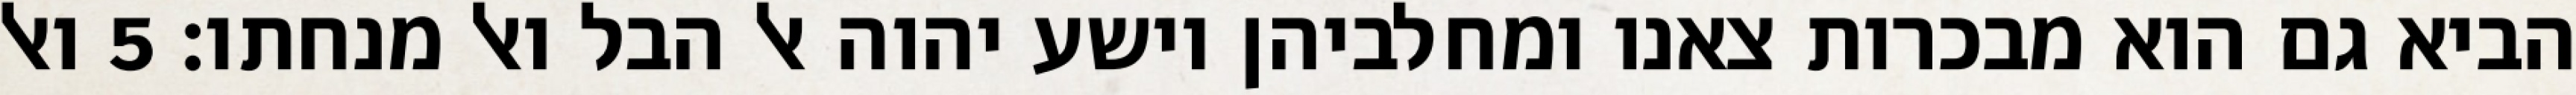
הביא גם הוא מבכרות צאנו ומחלביהן וישע יהוה אל הבל ואל מנחתו׃ ‎5‏ ואל